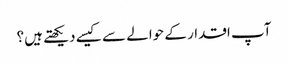
آپ اقدار کے حوالے سے کیسے دیکھتے ہیں؟